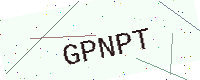
Text: GPNPT